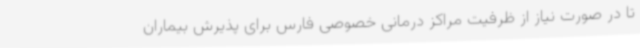
تا در صورت نیاز از ظرفیت مراکز درمانی خصوصی فارس برای پذیرش بیماران